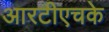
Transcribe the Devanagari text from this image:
आरटीएचके